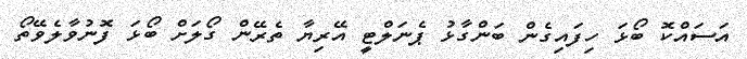
އަސައްކޮ ބޯޅަ ހިފައިގެން ބަންގާޅު ޕެނަލްޓީ އޭރިޔާ ތެރޭން ގޯލަށް ބޯޅަ ފޮނުވާލެވޭތޯ